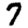
Digit: 7